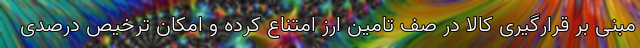
مبنی بر قرارگیری کالا در صف تامین ارز امتناع کرده و امکان ترخیص درصدی